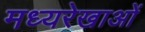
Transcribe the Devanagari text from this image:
मध्यरेखाओं